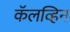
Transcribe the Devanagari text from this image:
कॅलव्हिन